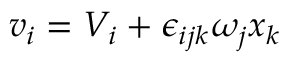
v _ { i } = V _ { i } + \epsilon _ { i j k } \omega _ { j } x _ { k }